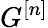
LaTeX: G^{[n]}